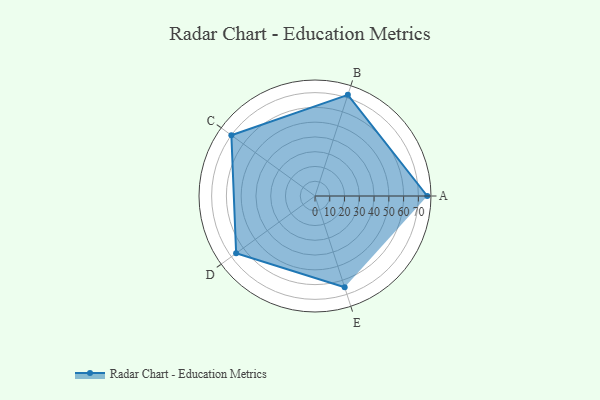
{"axis": {"x": "Skill", "y": "Score"}, "legend": ["Profile"], "data": [{"x": "A", "y": 76.0, "type": "Profile"}, {"x": "B", "y": 72.0, "type": "Profile"}, {"x": "C", "y": 70.0, "type": "Profile"}, {"x": "D", "y": 66.0, "type": "Profile"}, {"x": "E", "y": 65.0, "type": "Profile"}]}